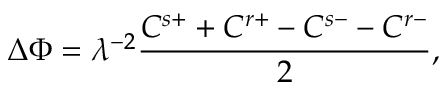
\Delta \Phi = \lambda ^ { - 2 } \frac { C ^ { s + } + C ^ { r + } - C ^ { s - } - C ^ { r - } } { 2 } ,